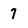
Character: 7